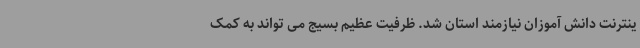
ینترنت دانش آموزان نیازمند استان شد. ظرفیت عظیم بسیج می تواند به کمک